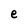
Character: e